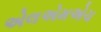
એલએમએચ